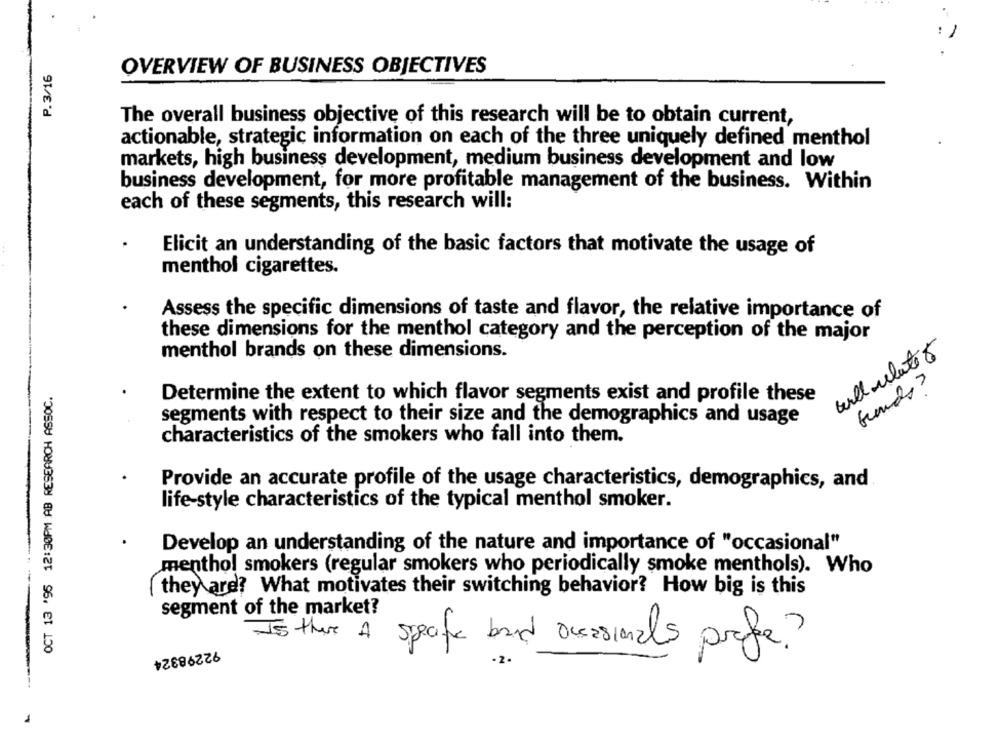
P.3/16
OVERVIEW OF BUSINESS OBJECTIVES
The overall business objective of this research will be to obtain current,
actionable, strategic information on each of the three uniquely defined menthol
markets, high business development, medium business development and low
business development, for more profitable management of the business. Within
each of these segments, this research will:
Elicit an understanding of the basic factors that motivate the usage of
menthol cigarettes.
Assess the specific dimensions of taste and flavor, the relative importance of
these dimensions for the menthol category and the perception of the major
willulate 6
menthol brands on these dimensions.
OCT 13 '95 12:30PM AB RESEARCH ASSOC.
funds
Determine the extent to which flavor segments exist and profile these
segments with respect to their size and the demographics and usage
characteristics of the smokers who fall into them.
Provide an accurate profile of the usage characteristics, demographics, and
life-style characteristics of the typical menthol smoker.
Develop an understanding of the nature and importance of "occasional"
menthol smokers (regular smokers who periodically smoke menthols). Who
they are? What motivates their switching behavior? How big is this
segment of the market?
Is there A
92298324
specific band ocasionals prefer?
1